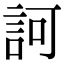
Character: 訶